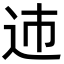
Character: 䢌